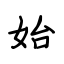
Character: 始